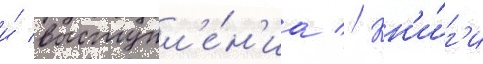
и́ выступл'е́н'иа // Кн'и́г'и